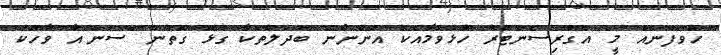
ހުވަފެނެއް މީ" އެގްރިސެންޓަރު ހުޅުވުމާއެކު އަންނާނެ ބަދަލުތަކާ ގުޅޭ ގޮތުން "ސަން"އާ ވާހަކަ